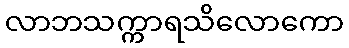
လာဘသက္ကာရသိလောကော